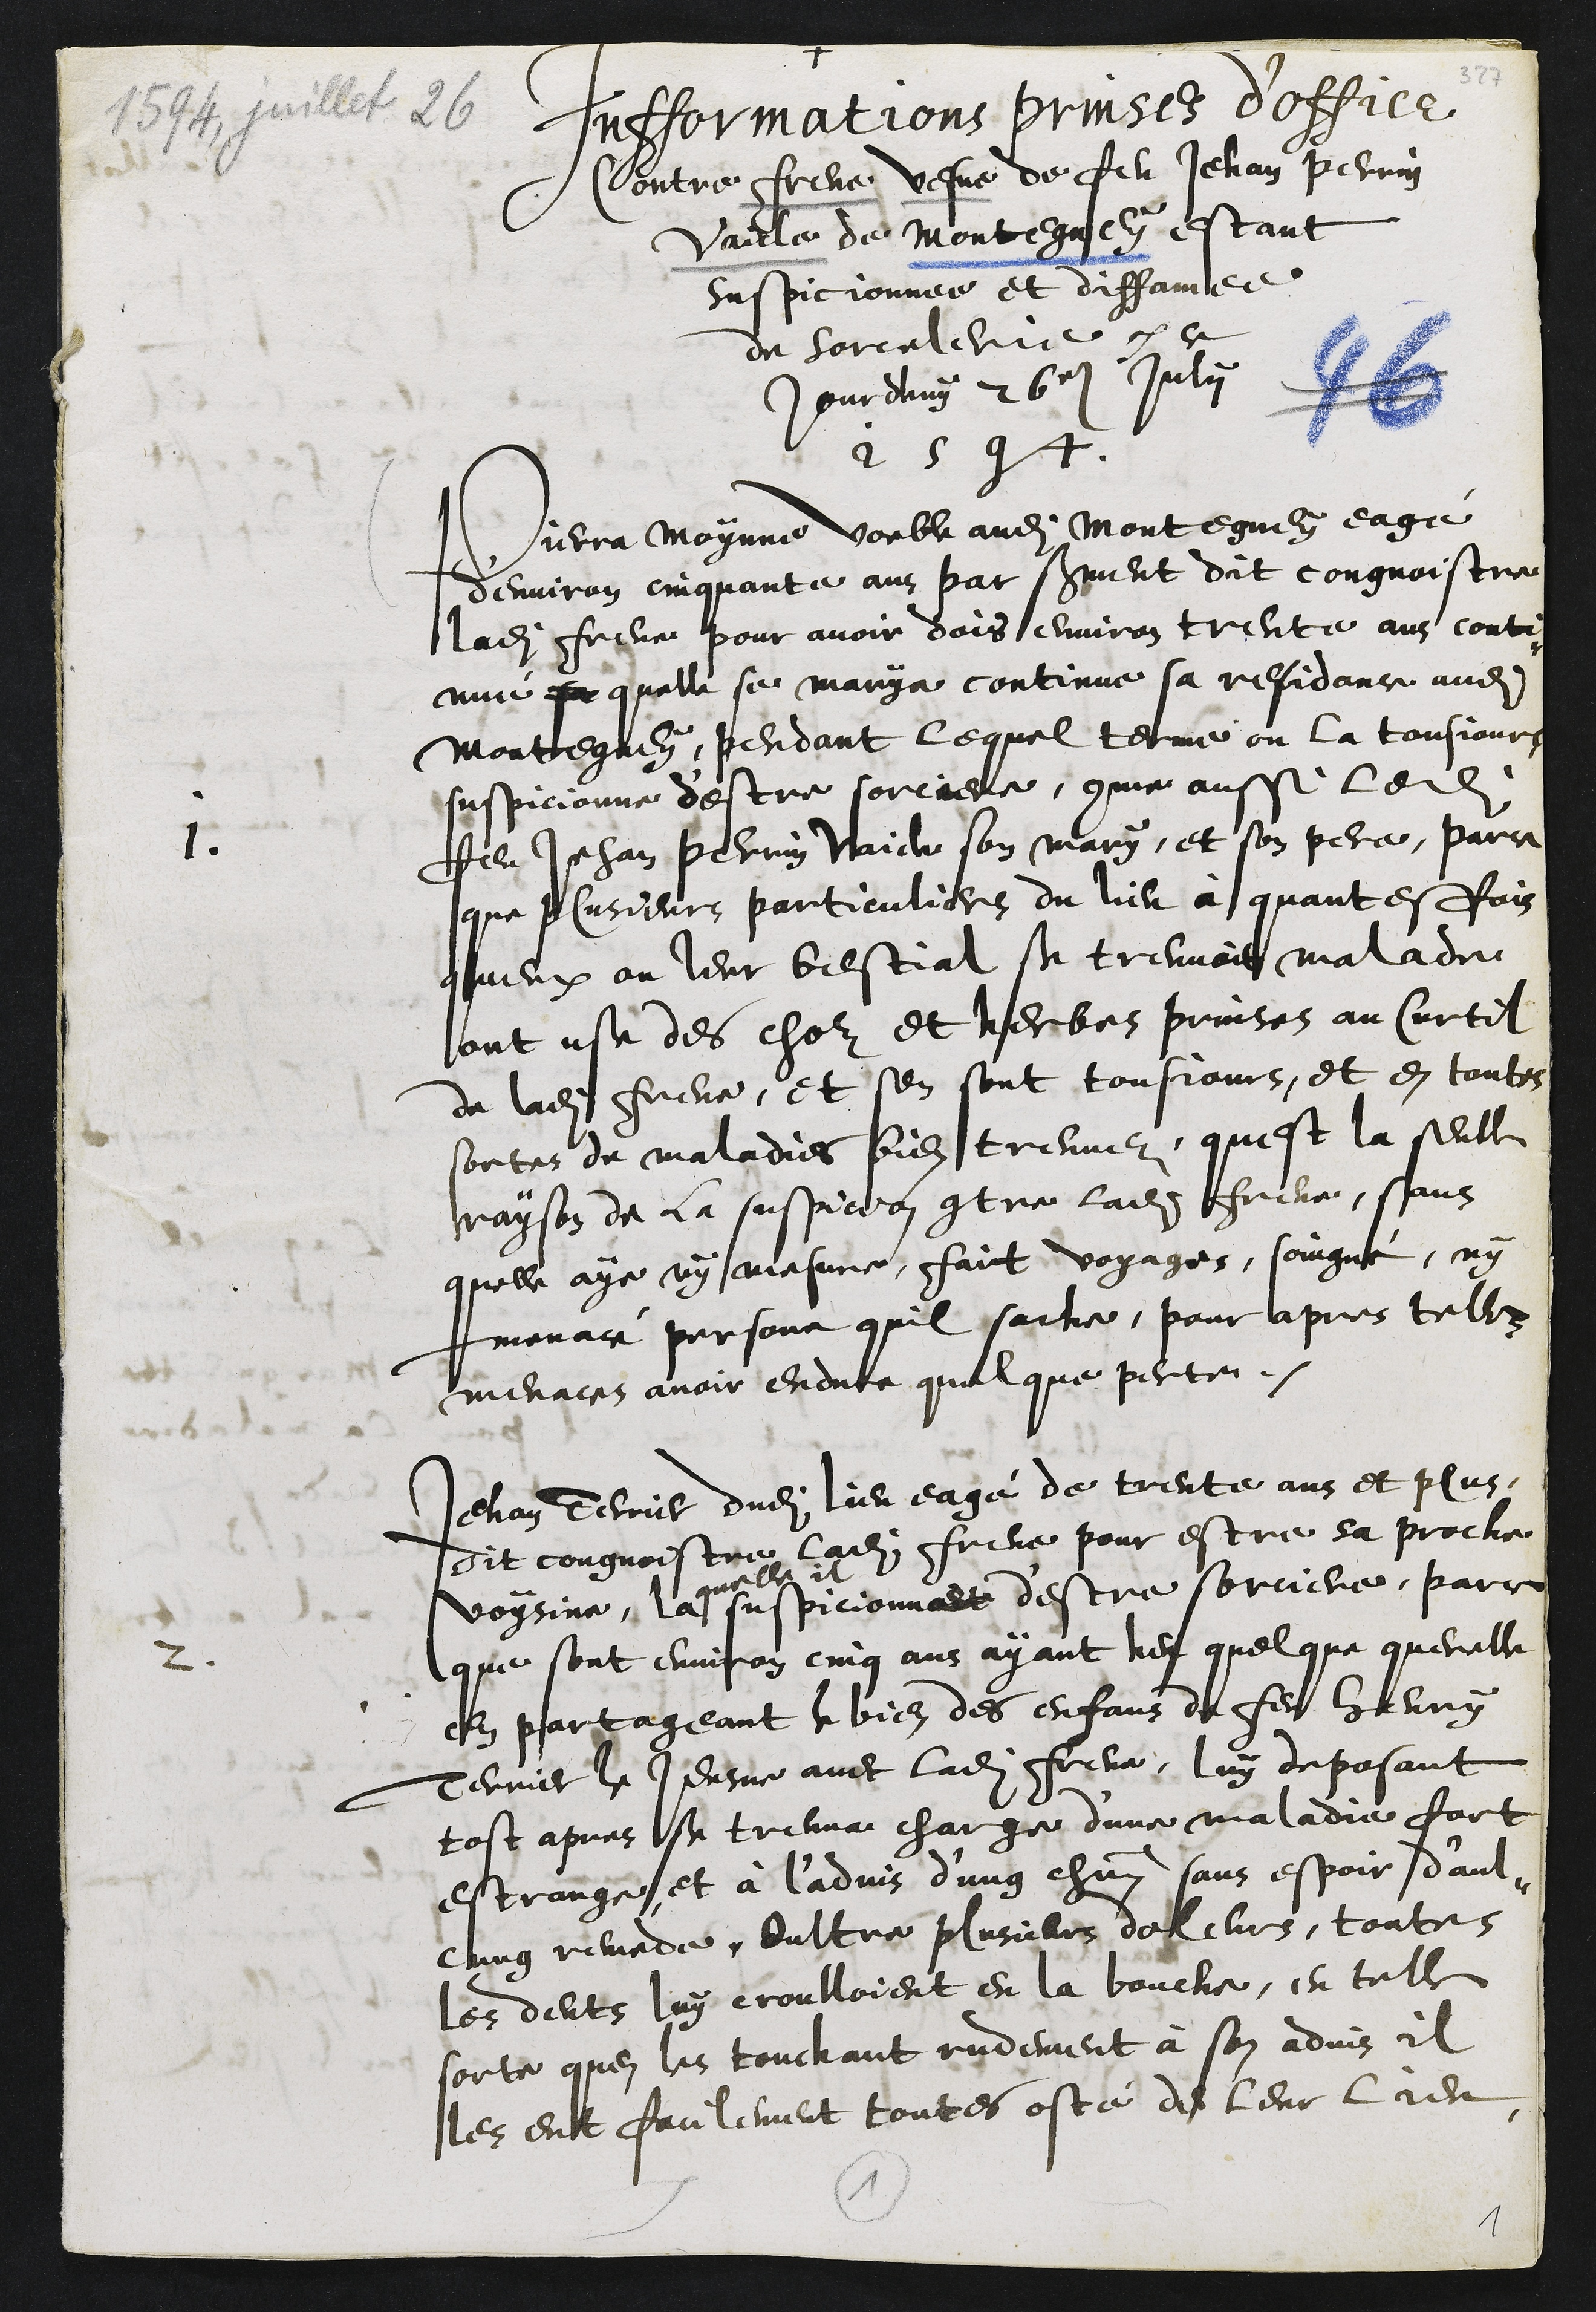
+
Infformations prinses d’office
Contre Frene vefve de feu Jehan Perrin
Vaicle de Montegney estant
suspicionnee et diffamee
de sorcelerie ce
jourdhuy 26e Julii
1594
1
Pierra Moynne voeble audit Montegney eagé
d'environ cinquante ans par serment dit congnoistre
ladite Frene pour avoir dois environ trente ans conti¬
nué se quelle se marya continue sa residance audit
Montegney, pendant lequel terme on la tousjours
suspicionne d'estre sorciere, comme aussi ledit
feu Jehan Perrin Vaicle son mary, et son pere, parce
que plusieurs particuliers du lieu à quantesfois
queux ou leur bestial se treuvoit malade
ont use des choz et herbes prinses au Curtil
de ladite Frene, et sen sont tousjours, et en toutes
sortes de maladies bien treuvez, quest la seulle
rayson de la suspicion contre ladite Frene, sans
quelle aye ny mesme, fait voyages, soingné, ny
menacé personne quil sache, pour apres telles
menaces avoir endure quelque perte.
2
Jehan Terrier dudit lieu eagé de trente ans et plus,
dit congnoistre ladite Frene pour estre sa proche
voysine, la
quelle il
suspicionne d'estre sorciere, parce
que sont environ cinq ans ayant heu quelque querelle
en partageant le bien des enfans du feu Henry
Terrier le Jeusne avec ladite Frene, luy deposant
tost apres se treuva charge d'une maladie fort
estrange, et à l'advis d'ung chacun sans espoir d'aul¬
cung remede. Oultre plusieurs doleurs, toutes
les dents luy croulloient en la bouche, en telle
sorte quen les touchant rudement à son advis il
les eut facilement toutes osté de leur lieu
1
1